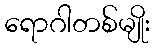
ရောဂါတစ်မျိုး